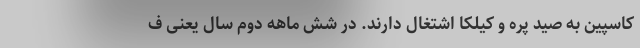
کاسپین به صید پره و کیلکا اشتغال دارند. در شش ماهه دوم سال یعنی ف